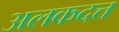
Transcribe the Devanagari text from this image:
अलकदत्त